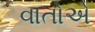
વાતોએ